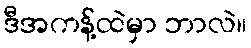
ဒီအကန့်ထဲမှာ ဘာလဲ။